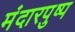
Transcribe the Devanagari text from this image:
मंदारपुष्प